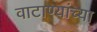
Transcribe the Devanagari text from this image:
वाटाण्यांच्या